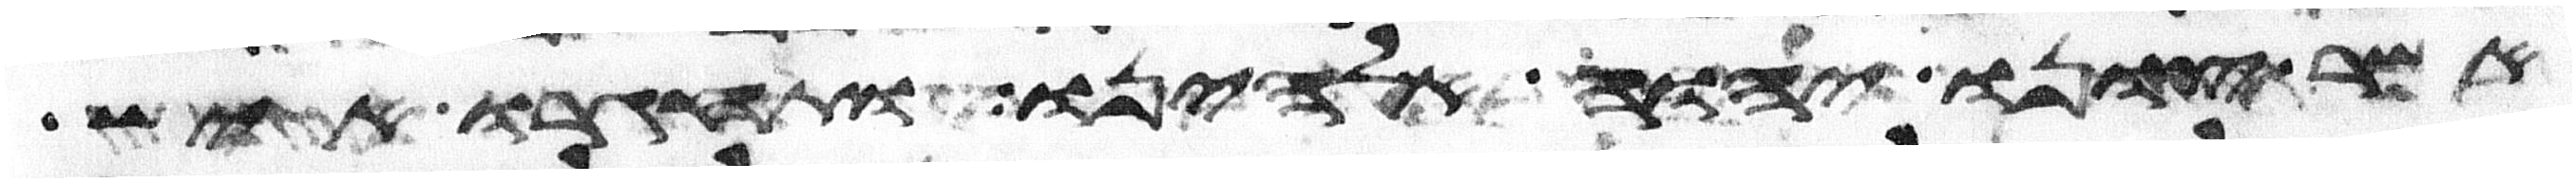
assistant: אשר צונו יהוה אלהינו ותחגרו איש